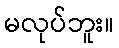
မလုပ်ဘူး။